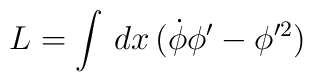
L=\int\,dx\,(\dot{\phi}\phi'-\phi'^{2})